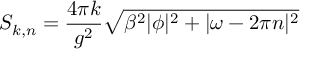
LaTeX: S _ { k , n } = \frac { 4 \pi k } { g ^ { 2 } } \sqrt { \beta ^ { 2 } | \phi | ^ { 2 } + | \omega - 2 \pi n | ^ { 2 } }